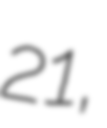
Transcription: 21,